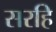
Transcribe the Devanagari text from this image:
सरहि